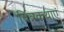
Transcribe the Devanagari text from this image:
चित्रकथाएं